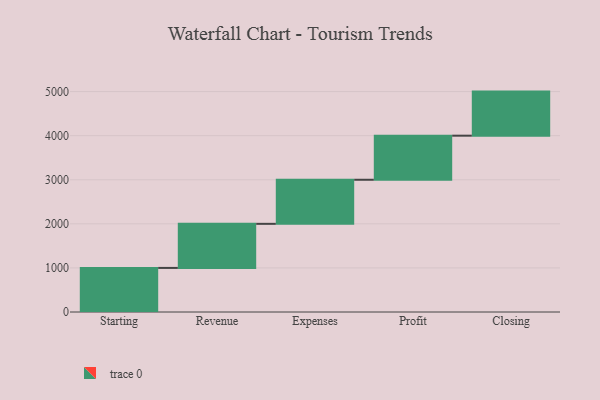
{"axis": {"x": "Step", "y": "Value"}, "legend": [""], "data": [{"x": "Starting", "y": 1000, "type": ""}, {"x": "Revenue", "y": 1000, "type": ""}, {"x": "Expenses", "y": 1000, "type": ""}, {"x": "Profit", "y": 1000, "type": ""}, {"x": "Closing", "y": 1000, "type": ""}]}